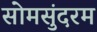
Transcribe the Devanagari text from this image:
सोमसुंदरम